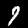
Label: 9